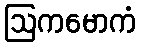
ဩကမောကံ